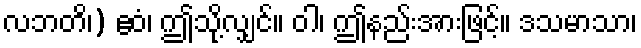
လဘတိ၊) ဧဝံ၊ ဤသို့လျှင်။ ဝါ၊ ဤနည်းအားဖြင့်။ ဒသမာသာ၊